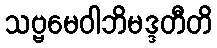
သဗ္ဗမေဝါဘိမဒ္ဒတီတိ